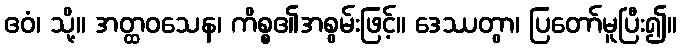
ဧဝံ၊ သို့။ အတ္ထဝသေန၊ ကိစ္စ၏အစွမ်းဖြင့်။ ဒေဿတွာ၊ ပြတော်မူပြီး၍။